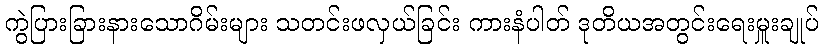
ကွဲပြားခြားနားသောဂိမ်းများ သတင်းဖလှယ်ခြင်း ကားနံပါတ် ဒုတိယအတွင်းရေးမှူးချုပ်